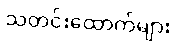
သတင်းထောက်များ